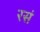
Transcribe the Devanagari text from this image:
रसं